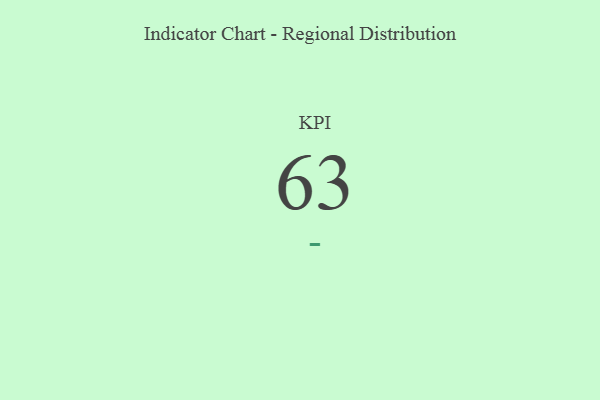
{"axis": {"x": "KPI", "y": "Value"}, "legend": [""], "data": [{"x": "KPI", "y": 63, "type": ""}]}